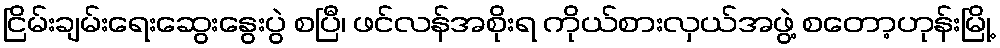
ငြိမ်းချမ်းရေးဆွေးနွေးပွဲ စပြီ၊ ဖင်လန်အစိုးရ ကိုယ်စားလှယ်အဖွဲ့ စတော့ဟုန်းမြို့